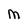
Character: M